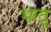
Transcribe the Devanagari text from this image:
भातू